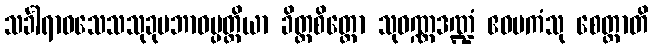
သင်္ခါရာဝသေသသုခုမဘာဝပ္ပတ္တိယာ ခိတ္တစိတ္တော သုဝဏ္ဏဒဏ္ဍံ ဧဝမကံသု စေတ္ထာတိ